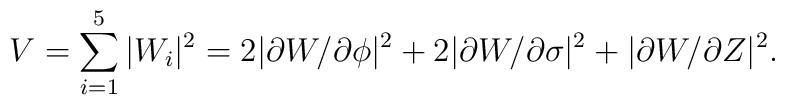
V= \sum _{i=1} ^5 \vert W_i \vert ^2=2\vert\partial W /\partial \phi\vert^2 +2\vert\partial W /\partial \sigma \vert^2 +\vert\partial W /\partial Z \vert^2 .